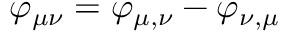
\varphi _ { \mu \nu } = \varphi _ { \mu , \nu } - \varphi _ { \nu , \mu }